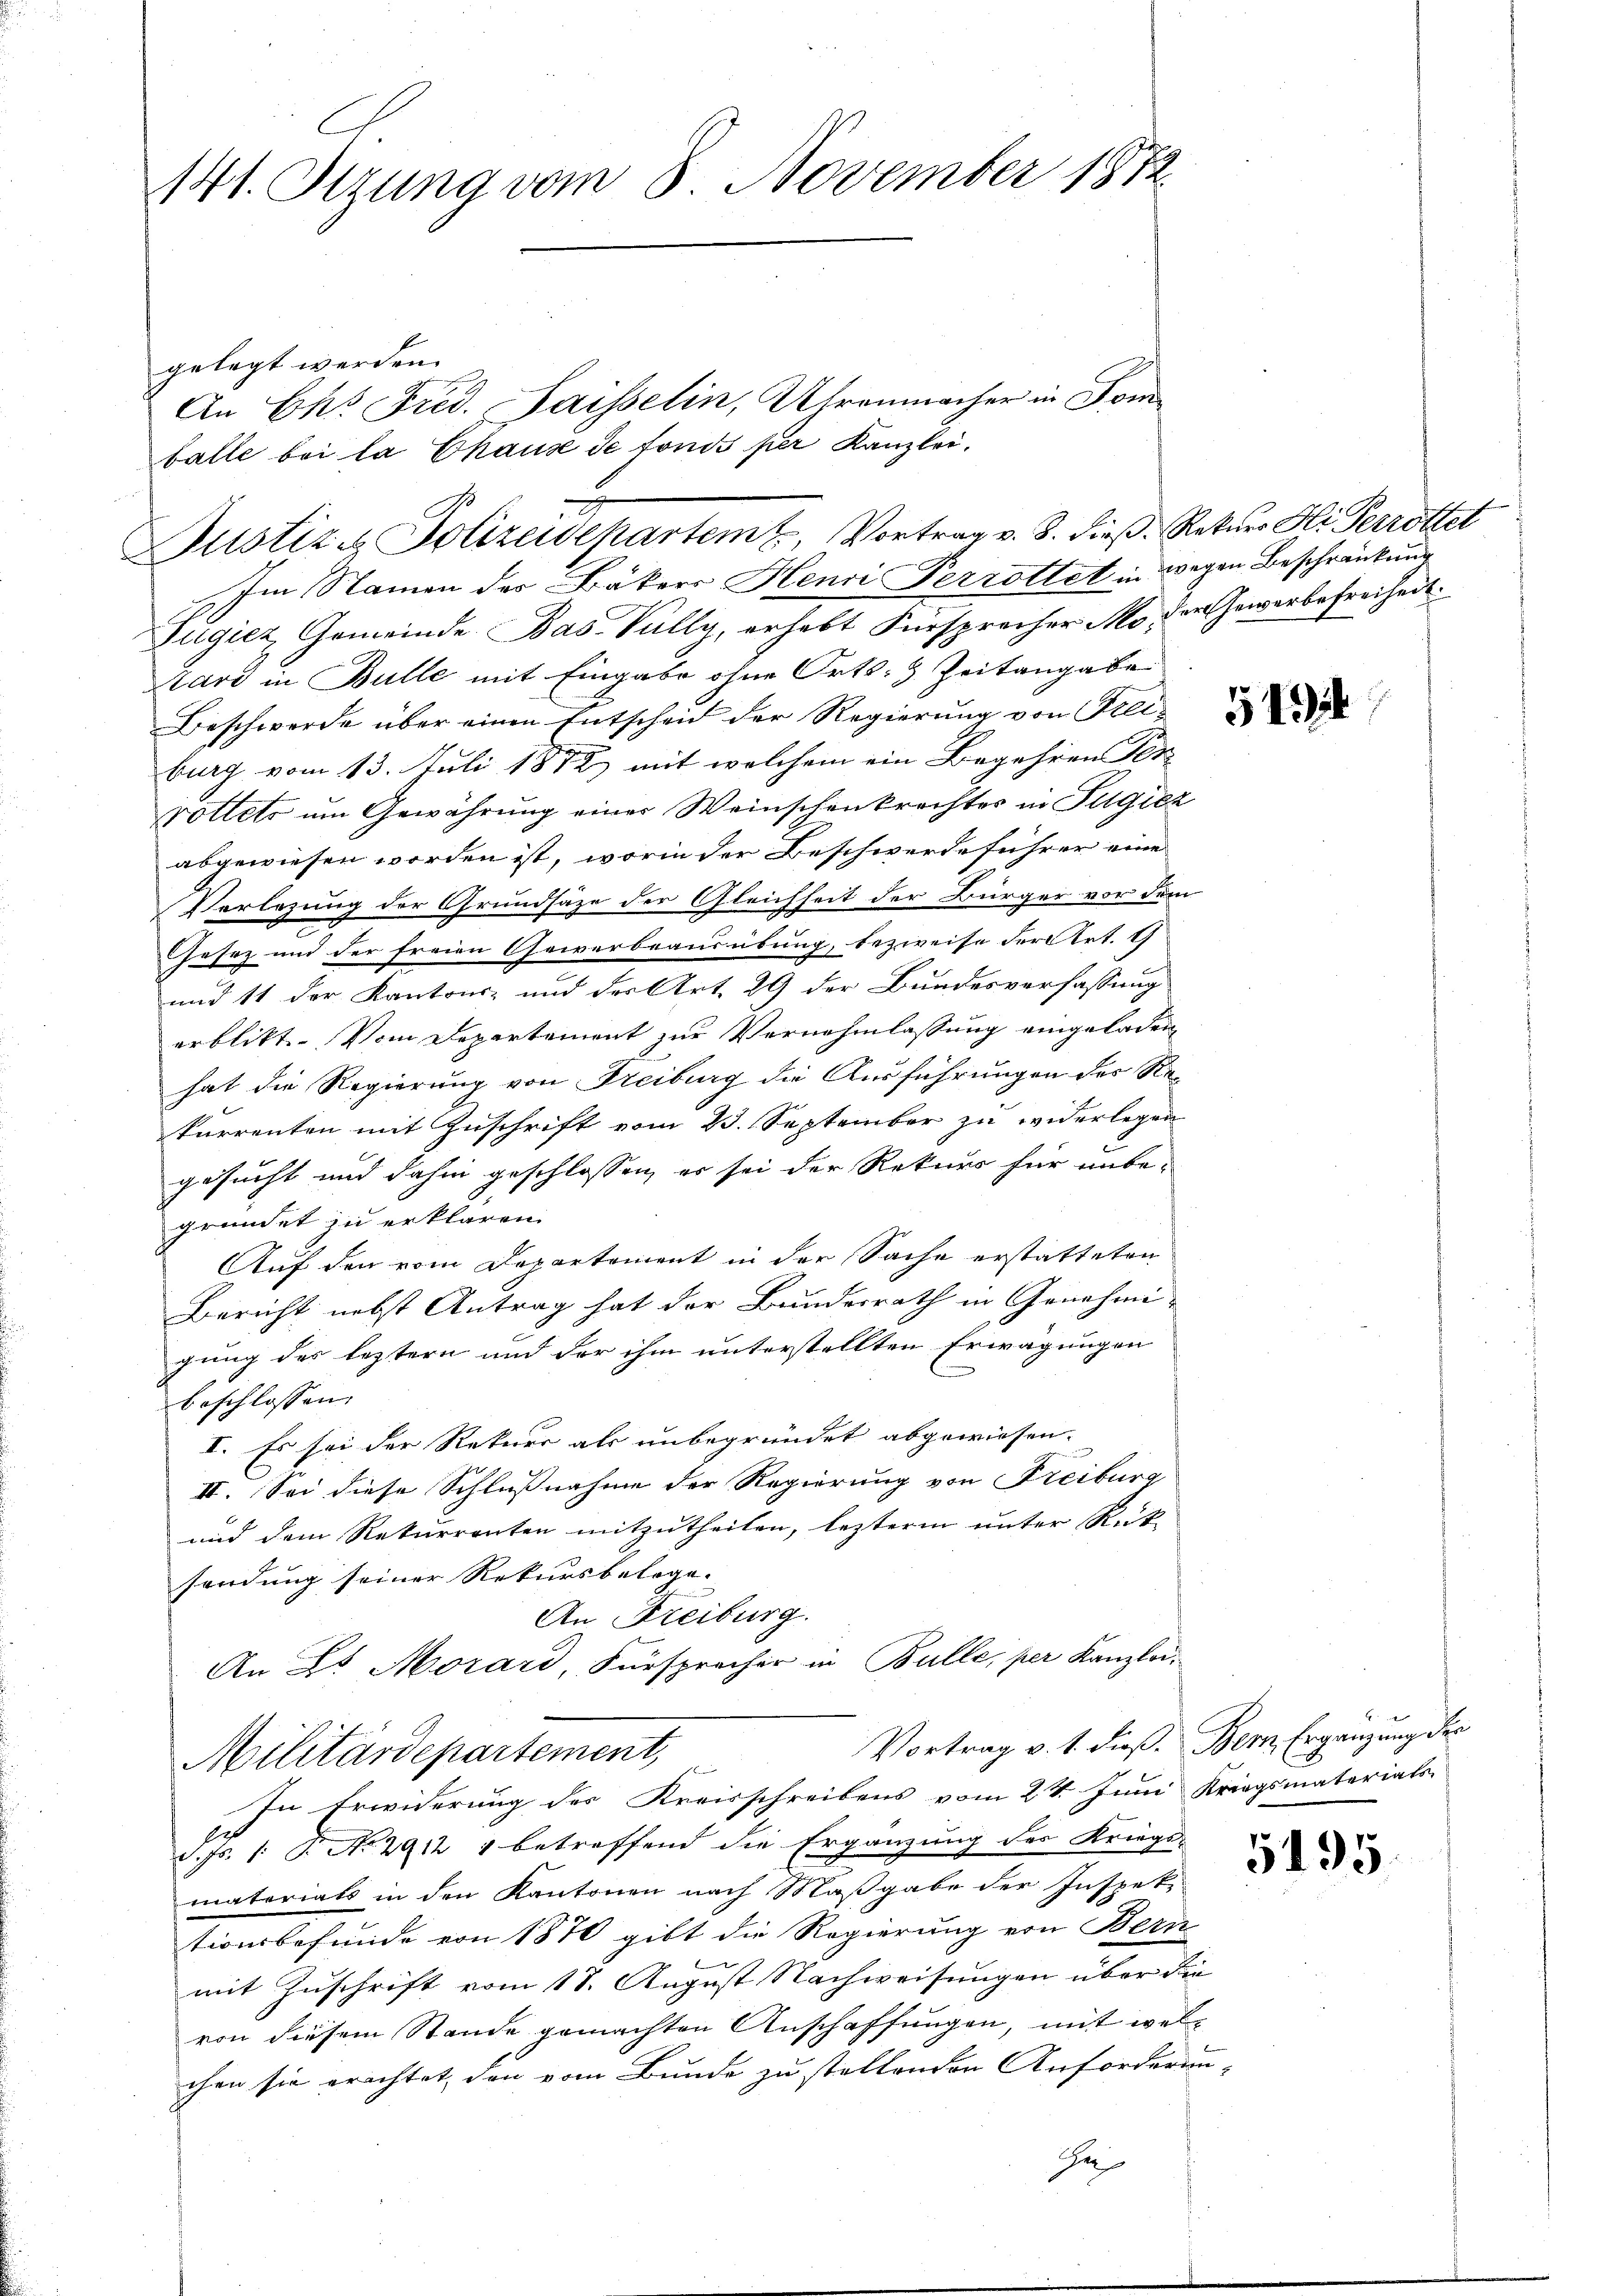
141. Stzung vom 8. November 1872

Justiz & Polizeidepartem t, Vortrag v. 3. dieß. Rekurs Hi Perrottet

gelegt werden.
An Ek. Fred. Saisselin, Uhrenmacher in Somfalle bei la Chaus de fonds per Kanzlei,
C

Im Namen des Bäkers Henri Perrottet in wegen Beschränkung
Fügiez, Gemeinde Bas Vully, erhebt Fürsprecher Mo, der Gewerbefreiheit
avi in Bulle mit Eingabe ohne Orts- & Zeitangabe
Beschwerde über einen Entscheid der Regierung von Geli-
burg vom 13. Juli 1872 mit welchem ein Begehren Ver¬
Dottets um Gewährung einer Weinschenkrechter in Fugiez
abgewiesen worden ist, worin der Beschwerde führer eine
Verlegung der Grundsäze der Gleichheit der Bürger vor dem
Gesez und der freien Gewerbeausübung, bezweife der Art. 1
und 11 der Kantons- und der Art. 29 der Bundesverfassung
erblickt. Vom Departement zur Vernehmlassung eingeladen
hat die Regierung von Freiburg die Ausführungen der Rekurrenten mit Zuschrift vom 23. September zu widerlegen
gesucht und dahin geschlossen, es sei der Rekurs für unbe-
gründet zu erklären.
Auf den vom Departement in der Sache erstatteten
Bericht nebst Antrag hat der Bundesrath in Genehmic
gung des leztern und der ihm unterstellten Erwägungen
beschlossen:
I. Es sei der Rekurs als unbegründet abgewiesen.
II. Sei diese Schlußnahme der Regierung von Freiburg
und dem Rekurrenten mitzutheilen, lezterm unter Rück-
sendung seiner Rekursbelege.
An Freiburg.
An Zt. Morard, Fürsprocher in Bulle, per Kanzlei-
Vortrag v. 1. dieß. Bern, Ergänzung der
Militärdepartement,
In Erwiderung des Kreisschreibens vom 24. Juni Kriegsmateriats-
d. Js. 1. T. No 2912 4 betreffend die Ergänzung des Kriegs-
materiats in den Kantonen nach Maßgabe der Inspet
tionsbefunde von 1870 gibt die Regierung von Bern
2
mit Zuschrift vom 18. August Nachweisungen über die
von diesem Stande gemachten Anschaffungen, mit welchen sie erachtet, den vom Bunde zu stellenden Anforderun-
H

5195.